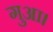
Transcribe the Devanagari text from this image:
गुआ।